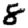
Digit: 8